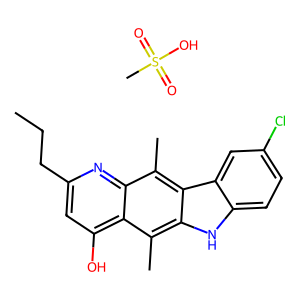
SMILES: CCCc1cc(O)c2c(C)c3[nH]c4ccc(Cl)cc4c3c(C)c2n1.CS(=O)(=O)O
Inhibits HIV replication: No